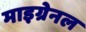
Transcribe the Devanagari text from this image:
माइग्रेनल